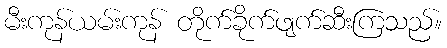
မီးကုန်ယမ်းကုန် တိုက်ခိုက်ဖျက်ဆီးကြသည်။